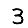
Digit: 3